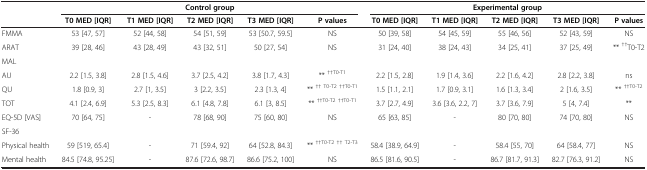
<table><thead><tr><td><b> </b></td><td colspan="5"><b>Control group</b></td><td colspan="5"><b>Experimental group</b></td></tr><tr><td><b> </b></td><td><b>T0 MED [IQR]</b></td><td><b>T1 MED [IQR]</b></td><td><b>T2 MED [IQR]</b></td><td><b>T3 MED [IQR]</b></td><td><b>P values</b></td><td><b>T0 MED [IQR]</b></td><td><b>T1 MED [IQR]</b></td><td><b>T2 MED [IQR]</b></td><td><b>T3 MED [IQR]</b></td><td><b>P values</b></td></tr></thead><tbody><tr><td>FMMA</td><td>53 [47, 57]</td><td>52 [44, 58]</td><td>54 [51, 59]</td><td>53 [50.7, 59.5]</td><td>NS</td><td>50 [39, 58]</td><td>54 [45, 59]</td><td>55 [46, 56]</td><td>52 [43, 59]</td><td>NS</td></tr><tr><td>ARAT</td><td>39 [28, 46]</td><td>43 [28, 49]</td><td>43 [32, 51]</td><td>50 [27, 54]</td><td>NS</td><td>31 [24, 40]</td><td>38 [24, 43]</td><td>34 [25, 41]</td><td>37 [25, 49]</td><td>** <sup>††</sup>T0-T2</td></tr><tr><td>MAL</td><td> </td><td> </td><td> </td><td> </td><td> </td><td> </td><td> </td><td> </td><td> </td><td> </td></tr><tr><td>AU</td><td>2.2 [1.5, 3.8]</td><td>2.8 [1.5, 4.6]</td><td>3.7 [2.5, 4.2]</td><td>3.8 [1.7, 4.3]</td><td>** <sup>††T0-T1</sup></td><td>2.2 [1.5, 2.8]</td><td>1.9 [1.4, 3.6]</td><td>2.2 [1.6, 4.2]</td><td>2.8 [2.2, 3.8]</td><td>ns</td></tr><tr><td>QU</td><td>1.8 [0.9, 3]</td><td>2.7 [1, 3.5]</td><td>3 [2.2, 3.5]</td><td>2.3 [1.3, 4]</td><td>** <sup>†† T0-T2 ††T0-T1</sup></td><td>1.5 [1.1, 2.1]</td><td>1.7 [0.9, 3.1]</td><td>1.6 [1.3, 3.4]</td><td>2 [1.6, 3.5]</td><td>** <sup>††T0-T2</sup></td></tr><tr><td>TOT</td><td>4.1 [2.4, 6.9]</td><td>5.3 [2.5, 8.3]</td><td>6.1 [4.8, 7.8]</td><td>6.1 [3, 8.5]</td><td>** <sup>††T0-T2 ††T0-T1</sup></td><td>3.7 [2.7, 4.9]</td><td>3.6 [3.6, 2.2, 7]</td><td>3.7 [3.6, 7.9]</td><td>5 [4, 7.4]</td><td>**</td></tr><tr><td>EQ-5D [VAS]</td><td>70 [64, 75]</td><td>-</td><td>78 [68, 90]</td><td>75 [60, 80]</td><td>NS</td><td>65 [63, 85]</td><td>-</td><td>80 [70, 80]</td><td>74 [70, 80]</td><td>NS</td></tr><tr><td>SF-36</td><td> </td><td> </td><td> </td><td> </td><td> </td><td> </td><td> </td><td> </td><td> </td><td> </td></tr><tr><td>Physical health</td><td>59 [519, 65.4]</td><td>-</td><td>71 [59.4, 92]</td><td>64 [52.8, 84.3]</td><td>** <sup>††T0-T2 †† T2-T3</sup></td><td>58.4 [38.9, 64.9]</td><td>-</td><td>58.4 [55, 70]</td><td>64 [58.4, 77]</td><td>NS</td></tr><tr><td>Mental health</td><td>84.5 [74.8, 95.25]</td><td>-</td><td>87.6 [72.6, 98.7]</td><td>86.6 [75.2, 100]</td><td>NS</td><td>86.5 [81.6, 90.5]</td><td>-</td><td>86.7 [81.7, 91.3]</td><td>82.7 [76.3, 91.2]</td><td>NS</td></tr></tbody></table>